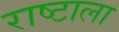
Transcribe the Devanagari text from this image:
राष्टाला